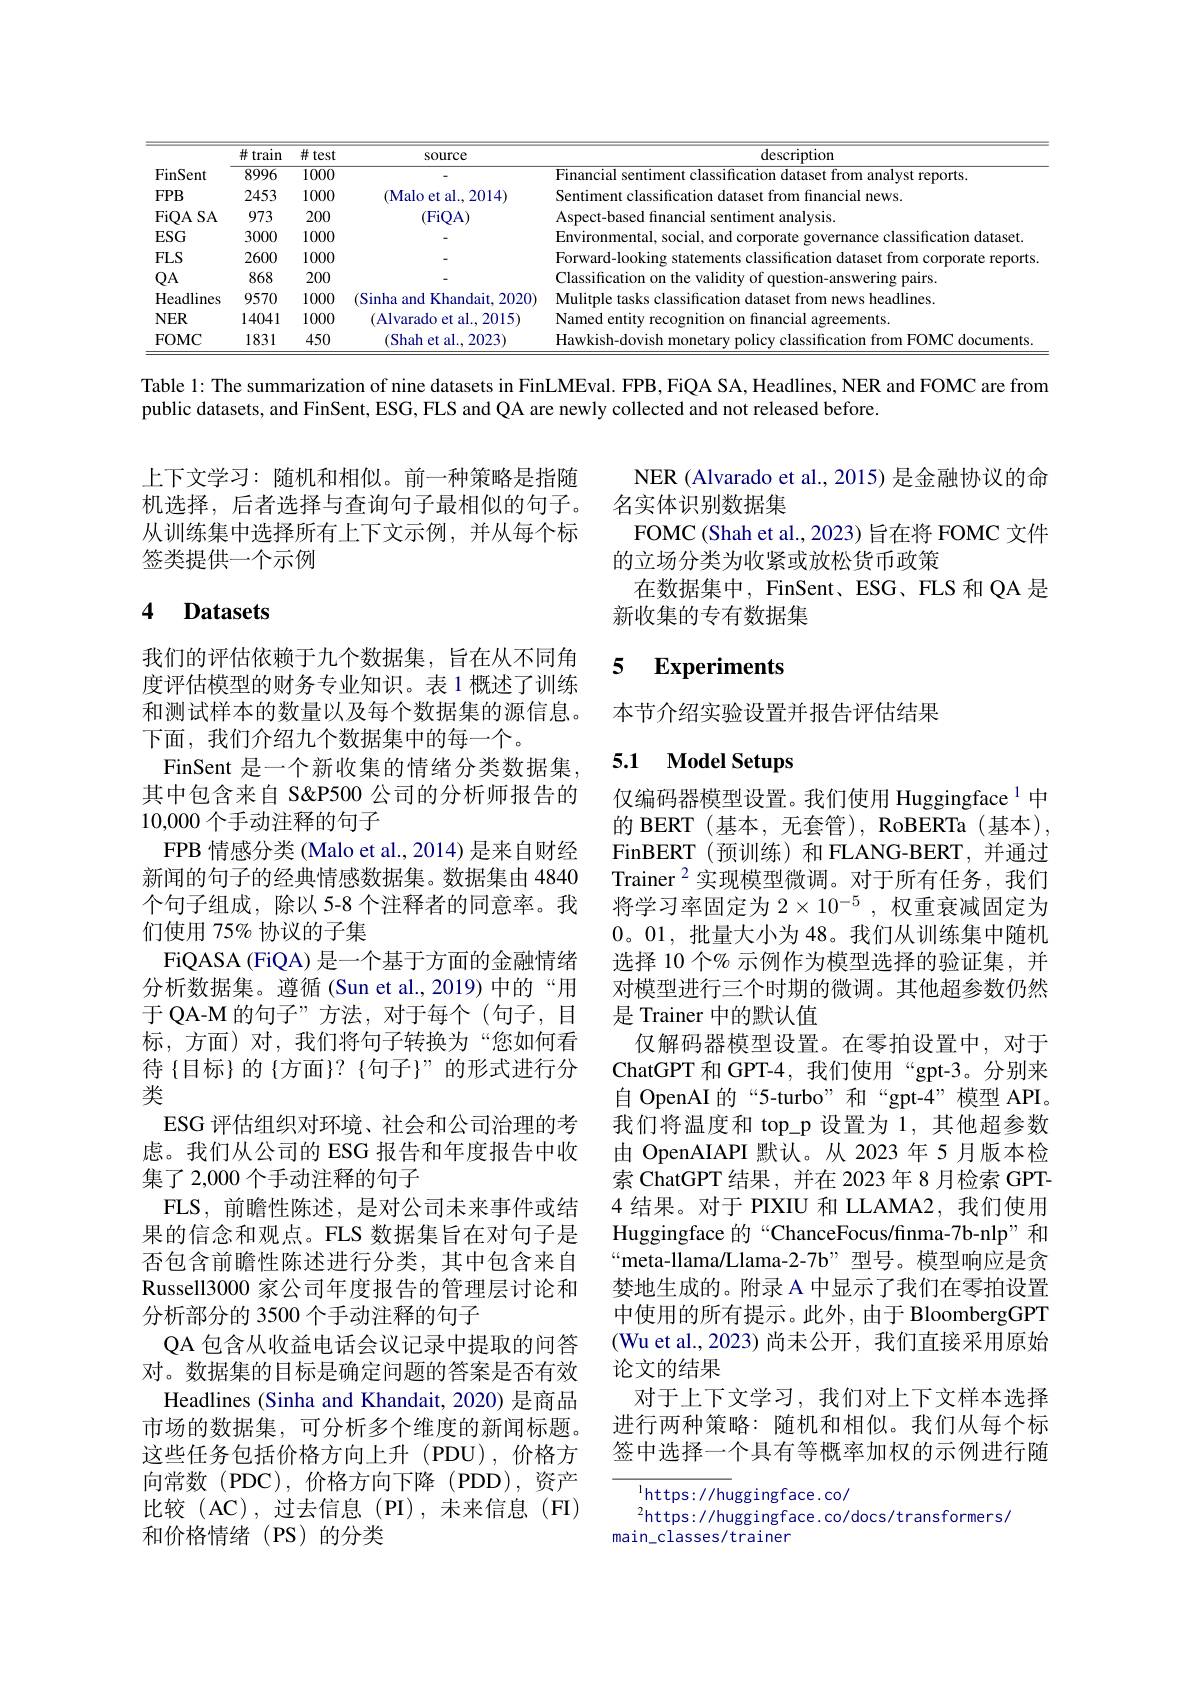
<table>
	<tbody>
		<tr>
			<th> </th>
			<th>$\#$train</th>
			<th>$\#test$</th>
			<th>Source</th>
			<th>description</th>
		</tr>
		<tr>
			<td>FinSent</td>
			<td>8996</td>
			<td>1000</td>
			<td> </td>
			<td>Hinancial morts</td>
		</tr>
		<tr>
			<td>$FPB$</td>
			<td>2453</td>
			<td>1000</td>
			<td>(Malo et al., 2014)</td>
			<td>Sentiment ancial news</td>
		</tr>
		<tr>
			<td>FiOA SA</td>
			<td>973</td>
			<td>200</td>
			<td>(FiQA)</td>
			<td>Aspect-bas nent analysis</td>
		</tr>
		<tr>
			<td>$ESG$</td>
			<td>3000</td>
			<td>1000</td>
			<td> </td>
			<td>Environmenta SOC1al and cort classification dataset</td>
		</tr>
		<tr>
			<td>$FLS$</td>
			<td>2600</td>
			<td>1000</td>
			<td> </td>
			<td>Forward- renorts</td>
		</tr>
		<tr>
			<td>$QA$</td>
			<td>868</td>
			<td>200</td>
			<td> </td>
			<td> </td>
		</tr>
		<tr>
			<td>Headlines</td>
			<td>9570</td>
			<td>1000</td>
			<td>(Sinha and Khandait, 2020)</td>
			<td>headlines $WS$</td>
		</tr>
		<tr>
			<td>$NER$</td>
			<td>14041</td>
			<td>1000</td>
			<td>(Alvarado et al., 2015)</td>
			<td>Named entitr reements</td>
		</tr>
		<tr>
			<td>FOMC</td>
			<td>1831</td>
			<td>450</td>
			<td>(Shah et al., 2023)</td>
			<td>Hawkish-dovish 10cuments</td>
		</tr>
	</tbody>
</table>

Table 1: The summarization of nine datasets in FinLMEval. FPB, FiQA SA, Headlines, NER and FOMC are from
public datasets, and FinSent, ESG, FLS and QA are newly collected and not released before.

上下文学习：随机和相似。前一种策略是指随机选择，后者选择与查询句子最相似的句子。从训练集中选择所有上下文示例，并从每个标签类提供一个示例

NER (Alvarado et al., 2015) 是金融协议的命
名实体识别数据集
FOMC (Shah et al., 2023) 旨在将 FOMC 文件
的立场分类为收紧或放松货币政策
在数据集中，FinSent、ESG、FLS 和 QA 是
新收集的专有数据集

## 4 Datasets

### 5 $\textbf{Experiments}$

本节介绍实验设置并报告评估结果

## 5.1 Model Setups

我们的评估依赖于九个数据集，旨在从不同角度评估模型的财务专业知识。表 1 概述了训练和测试样本的数量以及每个数据集的源信息。下面，我们介绍九个数据集中的每一个。
FinSent 是一个新收集的情绪分类数据集其中包含来自 S&P500 公司的分析师报告的10,000个手动注释的句子
FPB 情感分类 (Malo et al., 2014) 是来自财经新闻的句子的经典情感数据集。数据集由 4840个句子组成，除以 5-8 个注释者的同意率。我们使用 75% 协议的子集
FiQASA (FiQA) 是一个基于方面的金融情绪分析数据集。遵循 (Sun et al.,2019) 中的“用于 QA-M 的句子”方法，对于每个(句子，目标，方面)对，我们将句子转换为“您如何看待{目标}的{方面}?{句子}”的形式进行分类
ESG 评估组织对环境、社会和公司治理的考虑。我们从公司的 ESG 报告和年度报告中收集了 2,000 个手动注释的句子
FLS,前瞻性陈述，是对公司未来事件或结果的信念和观点。FLS 数据集旨在对句子是否包含前瞻性陈述进行分类，其中包含来自Russell3000 家公司年度报告的管理层讨论和分析部分的 3500 个手动注释的句子
QA 包含从收益电话会议记录中提取的问答对。数据集的目标是确定问题的答案是否有效Headlines (Sinha and Khandait, 2020) 是商品市场的数据集，可分析多个维度的新闻标题。这些任务包括价格方向上升(PDU),价格方向常数(PDC),价格方向下降(PDD),资产比较(AC),过去信息(PI),未来信息(FI) 和价格情绪(PS)的分类

仅编码器模型设置。我们使用 Huggingface $^{1}$中的 BERT (基本，无套管), RoBERTa (基本), FinBERT(预训练)和 FLANG-BERT,并通过Trainer$^{2}$实现模型微调。对于所有任务，我们将学习率固定为$2\times10^{-5}$,权重衰减固定为0。01,批量大小为 48。我们从训练集中随机选择 10 个% 示例作为模型选择的验证集，并对模型进行三个时期的微调。其他超参数仍然是 Trainer 中的默认值
仅解码器模型设置。在零拍设置中，对于ChatGPT 和 GPT-4,我们使用“gpt-3。分别来自 OpenAI 的“5-turbo”和“gpt-4”模型 API。我们将温度和 top\_p 设置为 1,其他超参数由 OpenAIAPI 默认。从 2023 年 5 月版本检索 ChatGPT 结果，并在 2023 年 8 月检索 GPT- 4 结果。对于 PIXIU 和 LLAMA2,我们使用Huggingface 的“ChanceFocus/finma-7b-nlp”和“meta-llama/Llama-2-7b” 型号。模型响应是贪婪地生成的。附录 A 中显示了我们在零拍设置中使用的所有提示。此外，由于 BloombergGPT (Wu et al.,2023)尚未公开，我们直接采用原始论文的结果
对于上下文学习，我们对上下文样本选择进行两种策略：随机和相似。我们从每个标签中选择一个具有等概率加权的示例进行随

$^{1}$https://huggingface.co/
$^{2}$https://huggingface.co/docs/transformers/
main\_classes/trainer